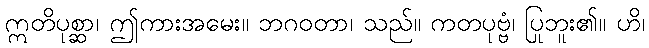
ဣတိပုစ္ဆာ၊ ဤကားအမေး။ ဘဂဝတာ၊ သည်။ ကတပုဗ္ဗံ၊ ပြုဘူး၏။ ဟိ၊